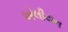
એલીયન